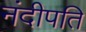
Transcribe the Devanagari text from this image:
नंदीपति